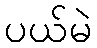
ပယ်မဲ